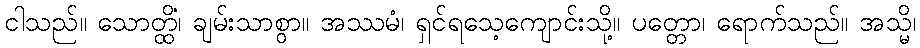
ငါသည်။ သောတ္ထိံ၊ ချမ်းသာစွာ။ အဿမံ၊ ရှင်ရသေ့ကျောင်းသို့။ ပတ္တော၊ ရောက်သည်။ အသ္မိ၊